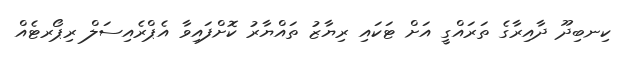
ކިނބިދޫ ދާއިރާގެ ތަރައްގީ އަށް ޓަކައި ރިޔާޒު ތައްޔާރު ކޮށްފައިވާ އެޕްރެއިސަލް ރިޕޯރޓެއް